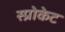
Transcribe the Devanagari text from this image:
स्प्रोकेट